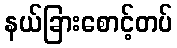
နယ်ခြားစောင့်တပ်